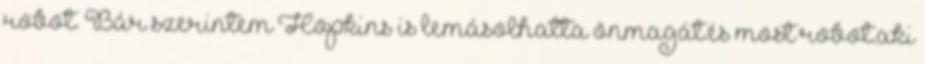
robot. Bár szerintem Hopkins is lemásolhatta önmagát.és most robot.aki